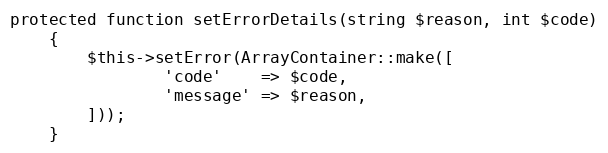
Language: PHP
protected function setErrorDetails(string $reason, int $code)
    {
        $this->setError(ArrayContainer::make([
                'code'    => $code,
                'message' => $reason,
        ]));
    }